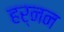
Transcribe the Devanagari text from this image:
हर्नन